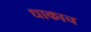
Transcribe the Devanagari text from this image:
धाकाच